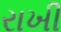
રાખી